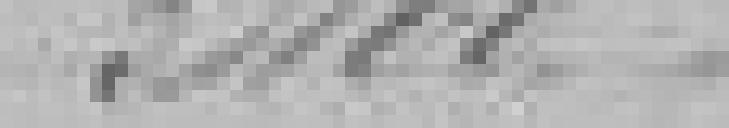
3.400